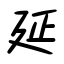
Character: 延